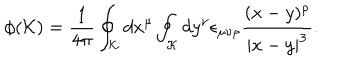
\phi ( { \cal K } ) = { \frac { 1 } { 4 \pi } } \oint _ { \cal K } d x ^ { \mu } \oint _ { \cal K } d y ^ { \nu } \epsilon _ { \mu \nu \rho } { \frac { ( x - y ) ^ { \rho } } { | x - y | ^ { 3 } } } .